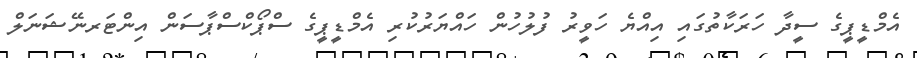
އެމްޑީޕީގެ ސީދާ ހަރަކާތުގައި އިއްޔެ ހަވީރު ފުލުހުން ހައްޔަރުކުރި އެމްޑީޕީގެ ސްޕޯކްސްޕާސަން އިންޓަރނޭޝަނަލް